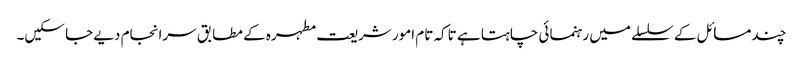
چند مسائل کے سلسلے میں رہنمائی چاہتا ہے تاکہ تام امور شریعت مطہرہ کے مطابق سرانجام دیے جا سکیں۔